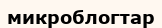
микроблогтар